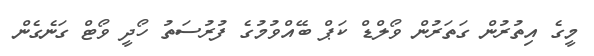
މީގެ އިތުރުން ގަތަރުން ވޯލްޑް ކަޕް ބޭއްވުމުގެ ފުރުސަތު ހޯދީ ވޯޓް ގަނެގެން